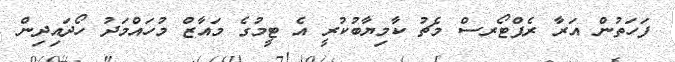
ފަހަތުން އަރާ ރެޕްޓޯރސް މެޗު ކާމިޔާބުކުރީ އެ ޓީމުގެ މައާޒް މުހައްމަދު ހޯދައިދިން